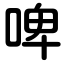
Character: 啤